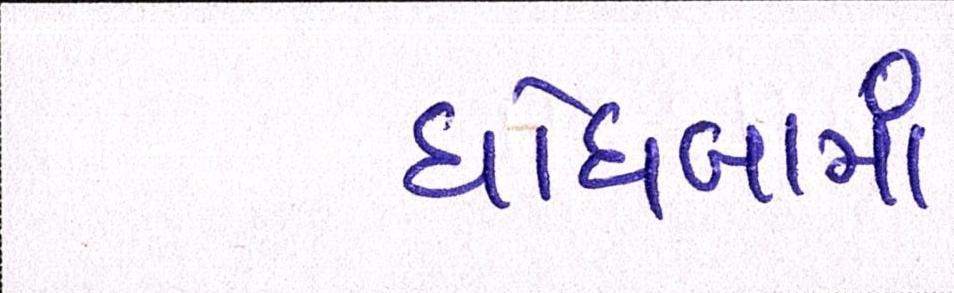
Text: ઘોઘંબામાં